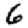
Digit: 6